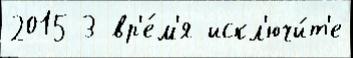
2015 3 вр'е́м'я искл'ючи́т'е